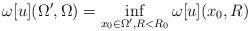
LaTeX: \begin{align*} \omega[u](\Omega^\prime, \Omega) = \inf_{x_0\in \Omega^\prime, R< R_0} \omega[u](x_0,R) \end{align*}